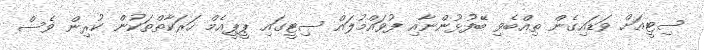
ސިޓީއަށް ވަޑައިގެން ތިއްބެވި ބޭފުޅުންނާއި ފުވައްމުލައް ސިޓީގައި ޕީޕީއެމް ހަރަކާތްތަކުން ކުރިން ވެސް